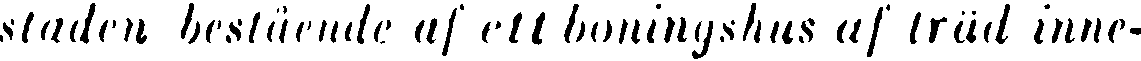
staden bestående af ett boningshus af träd inne-